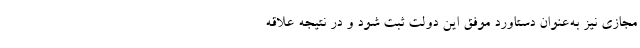
مجازی نیز به‌عنوان دستاورد موفق این دولت ثبت شود و در نتیجه علاقه